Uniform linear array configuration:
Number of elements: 64
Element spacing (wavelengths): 0.75
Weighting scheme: kaiser
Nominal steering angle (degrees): -45
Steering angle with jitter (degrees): -46.658
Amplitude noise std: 0.05
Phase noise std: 0.05

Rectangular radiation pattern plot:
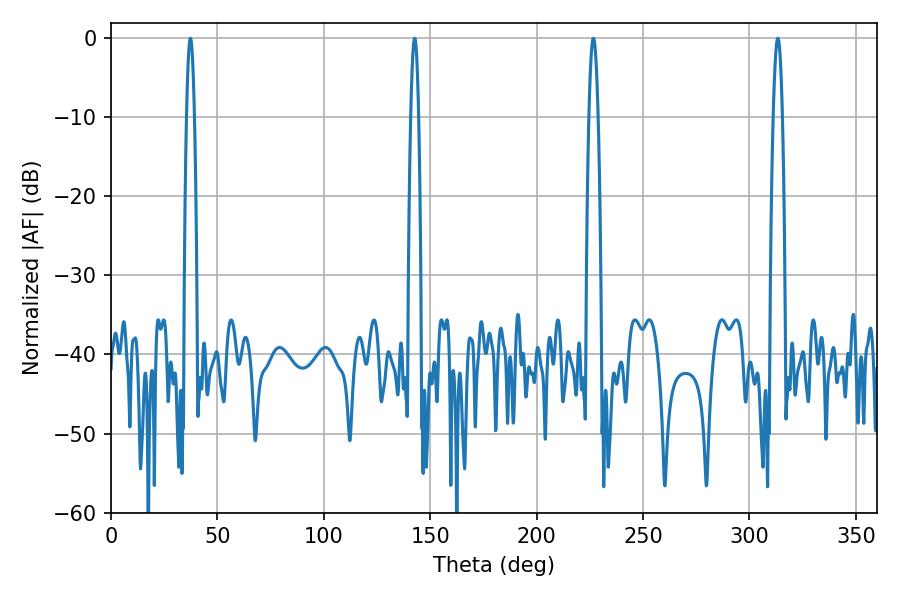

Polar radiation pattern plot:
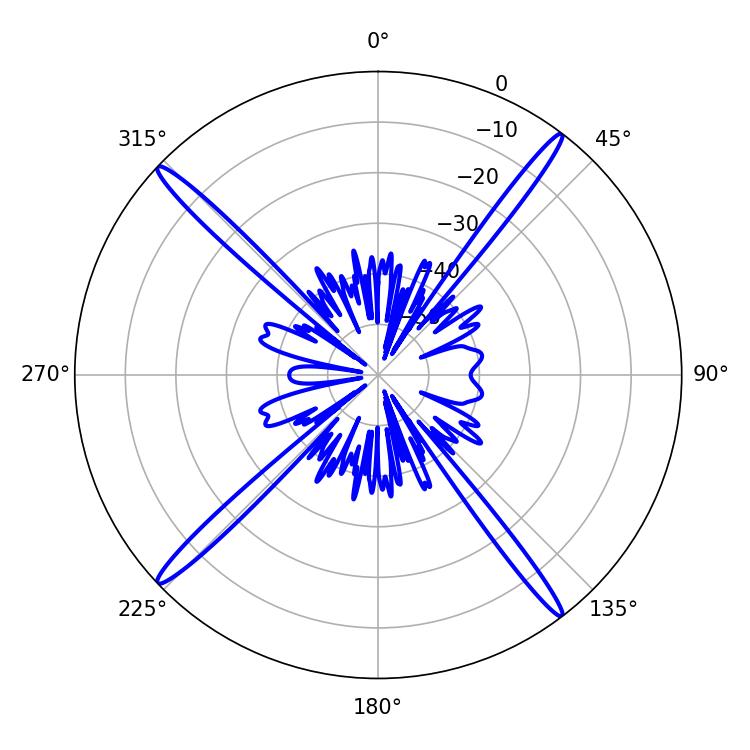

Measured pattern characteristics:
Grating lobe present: TRUE
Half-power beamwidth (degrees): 2.34
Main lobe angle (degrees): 226.62